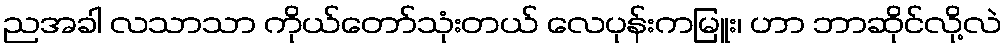
ညအခါ လသာသာ ကိုယ်တော်သုံးတယ် လေပုန်းကမြူး၊ ဟာ ဘာဆိုင်လို့လဲ